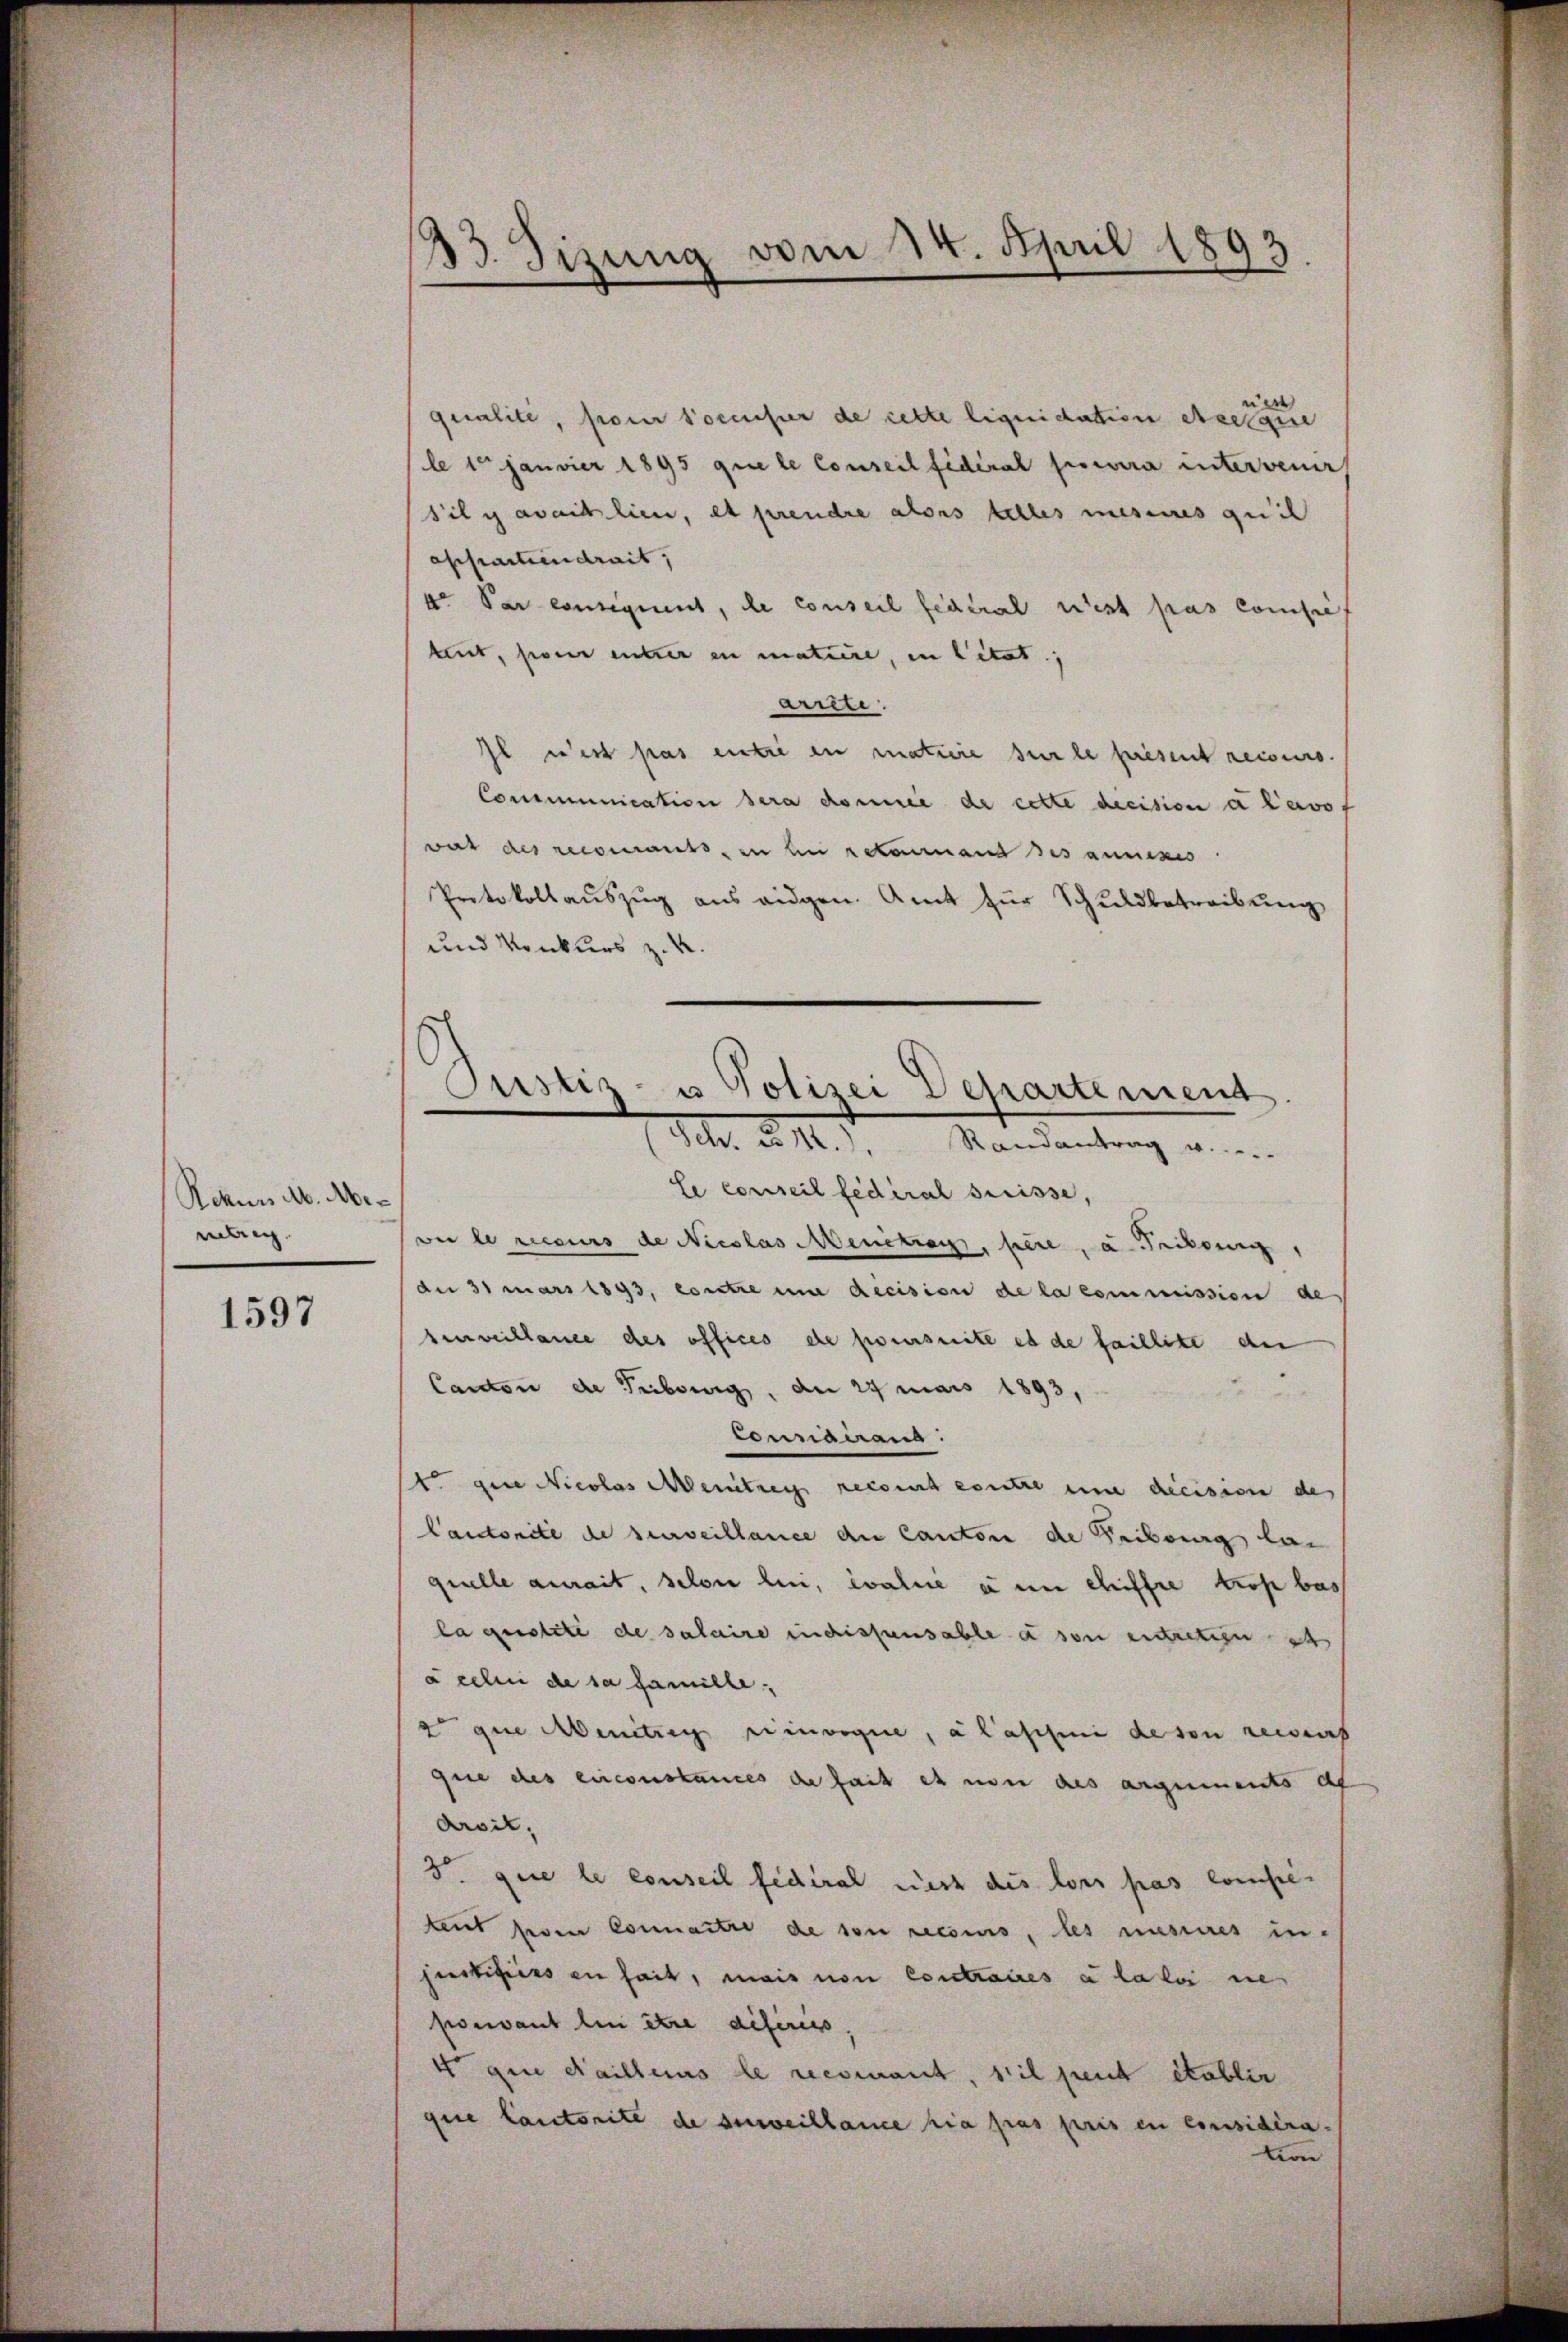
Rchnn M. Mer
wig.

1597

23. Sizung vom 14. April 1893.

qualité, pour socciser de cette liquidation Acetaire
le 1 Janvier 1895 que le Conseil fédéral possera intervenir
sil y availlien, et prendre alors telles mesenes quit
appartiendrait,
4° Par consequent, de conseil fédéral est pas compe
tuit, son unter in mature, in Citat.
Arrete.
Il est pas entie in matiere sur le present recours.
Communication sera domie de cette decision a lavo
war des recomants, in bei retermand des annexis
Protokollaŭszŭg ans eidgen. Amt für Schŭldbetreibŭng
und Konkurs z.
le conseil fédéral Preisse,
wer le recurs de Nicolas Menetrags, here, u. Trikonig,
An 31 mars 1893, contre um decision de la commission de
senweillance des offices de poursuite es de faillite de
Candon de Tribourg, der 25 mais 1893,
Connairand:
tt gene Nicolas Menitzers recourt entre eine decision des
Cantonité de surveillance die Cantone de Reiburg la
quelle aurait, selon lui, évalue à un chiffre trop bas
la quotité de salaire indissensable à son entretien et
à celui de sa famille.
t que Menitzen einvoque, a laschen de son recens
que des circonstances de fait es von des arguments de
Arsit,
5. que le conseil fédéral nach des lors pas competent deren Connaître de son recours, les musseres in-
justifiers en fait, mais von Contraires a la loi ne
poewant lui être diferess
4o que dailleurs le recsenant, s’il peut établie
que lautorite de serweillance sia pas pris en considéra-
tion

Justiz- u Polizei Departemend.
Detr. à 1.), Randantrag v.